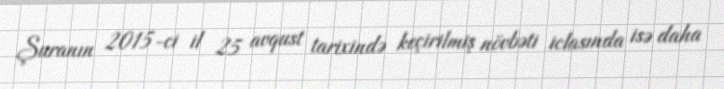
Şuranın 2015-ci il 25 avqust tarixində keçirilmiş növbəti iclasında isə daha